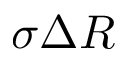
\sigma { \Delta R }